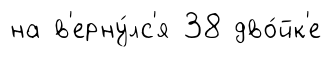
на в'ерну́лс'я 38 дво́йк'е